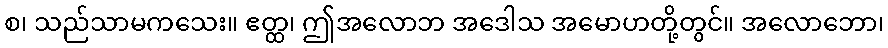
စ၊ သည်သာမကသေး။ ဧတ္ထ၊ ဤအလောဘ အဒေါသ အမောဟတို့တွင်။ အလောဘော၊